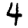
Digit: 4